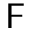
\mathsf { F }